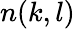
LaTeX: n(k,l)